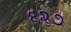
૬૨૭